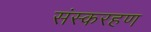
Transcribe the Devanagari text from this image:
संस्करहण